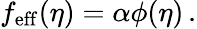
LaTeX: f_{\mathrm{eff}}(\eta)=\alpha\phi(\eta)\, .